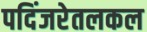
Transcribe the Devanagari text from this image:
पदिंजरेतलकल